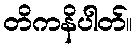
တိကနိပါတ်။